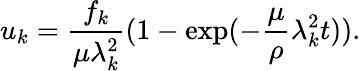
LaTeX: u_{k}=\frac{f_{k}}{\mu\lambda_{k}^{2}}(1-\exp(-\frac{\mu}{\rho}\lambda_{k}^{2}t)).